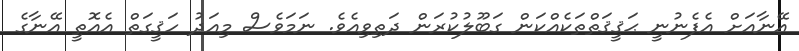
އޭނާއަށް އެފެނުނީ ޙަޤީޤަތްތަކެއްކަން ގަބޫލުކުރަން ދަތިވިއެވެ. ނަމަވެސް މިއަދު ހަޤީގަތް އެއޮތީ އޭނާގެ